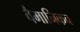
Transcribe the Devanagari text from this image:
वैमानिकच